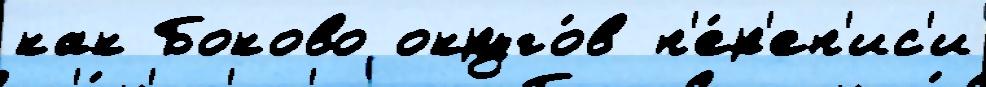
как Боково округо́в п'е́р'еп'ис'и